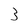
Character: 3